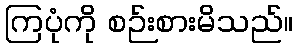
ကြပုံကို စဉ်းစားမိသည်။